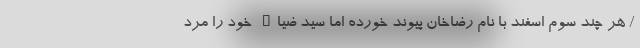
/ هر چند سوم اسفند با نام رضاخان پیوند خورده اما سید ضیاء خود را مرد